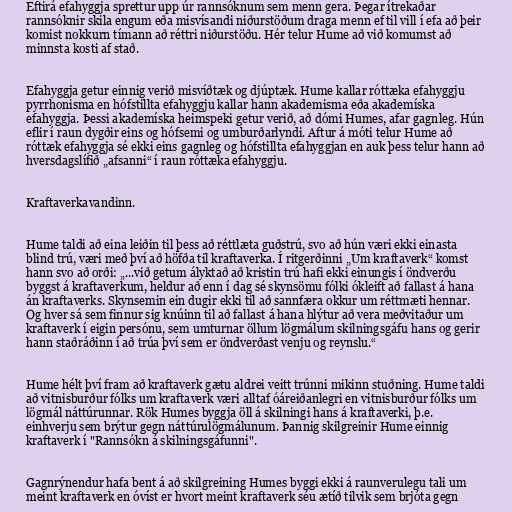
Eftirá efahyggja sprettur upp úr rannsóknum sem menn gera. Þegar ítrekaðar
rannsóknir skila engum eða misvísandi niðurstöðum draga menn ef til vill í efa að þeir
komist nokkurn tímann að réttri niðurstöðu. Hér telur Hume að við komumst að
minnsta kosti af stað.

Efahyggja getur einnig verið misvíðtæk og djúptæk. Hume kallar róttæka efahyggju
pyrrhonisma en hófstillta efahyggju kallar hann akademisma eða akademíska
efahyggja. Þessi akademíska heimspeki getur verið, að dómi Humes, afar gagnleg. Hún
eflir í raun dygðir eins og hófsemi og umburðarlyndi. Aftur á móti telur Hume að
róttæk efahyggja sé ekki eins gagnleg og hófstillta efahyggjan en auk þess telur hann að
hversdagslífið „afsanni“ í raun róttæka efahyggju.

Kraftaverkavandinn.

Hume taldi að eina leiðin til þess að réttlæta guðstrú, svo að hún væri ekki einasta
blind trú, væri með því að höfða til kraftaverka. Í ritgerðinni „Um kraftaverk“ komst
hann svo að orði: „...við getum ályktað að kristin trú hafi ekki einungis í öndverðu
byggst á kraftaverkum, heldur að enn í dag sé skynsömu fólki ókleift að fallast á hana
án kraftaverks. Skynsemin ein dugir ekki til að sannfæra okkur um réttmæti hennar.
Og hver sá sem finnur sig knúinn til að fallast á hana hlýtur að vera meðvitaður um
kraftaverk í eigin persónu, sem umturnar öllum lögmálum skilningsgáfu hans og gerir
hann staðráðinn í að trúa því sem er öndverðast venju og reynslu.“

Hume hélt því fram að kraftaverk gætu aldrei veitt trúnni mikinn stuðning. Hume taldi
að vitnisburður fólks um kraftaverk væri alltaf óáreiðanlegri en vitnisburður fólks um
lögmál náttúrunnar. Rök Humes byggja öll á skilningi hans á kraftaverki, þ.e.
einhverju sem brýtur gegn náttúrulögmálunum. Þannig skilgreinir Hume einnig
kraftaverk í "Rannsókn á skilningsgáfunni".

Gagnrýnendur hafa bent á að skilgreining Humes byggi ekki á raunverulegu tali um
meint kraftaverk en óvíst er hvort meint kraftaverk séu ætíð tilvik sem brjóta gegn